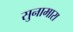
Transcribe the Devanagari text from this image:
सुनामारा